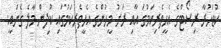
ކުޑަހުރާ ރިސޯޓްގެ އެހީތެރިކަމުގަ އާއި ރަށު މީހުންގެ އެހީތެރިކަމުގައި ކުދިން މާލެ ގެނައީ.